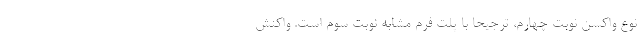
نوع واکسن نوبت چهارم، ترجیحا با پلت فرم مشابه نوبت سوم است. واکنش